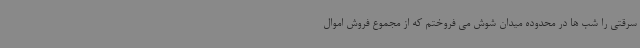
سرقتی را شب ها در محدوده میدان شوش می فروختم که از مجموع فروش اموال